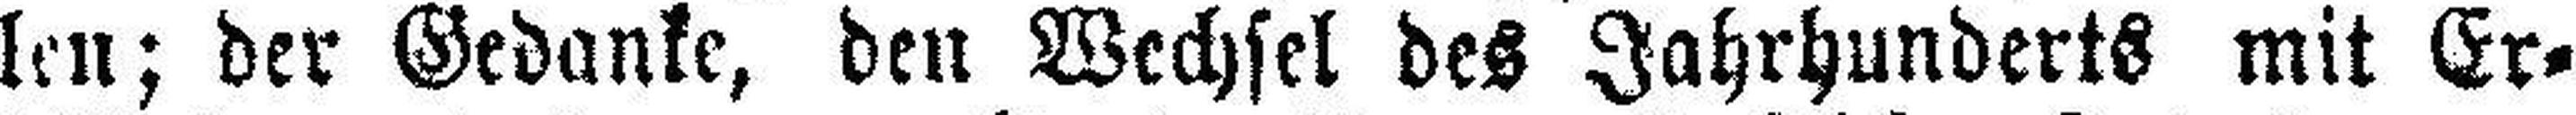
len; der Gedanke, den Wechsel des Jahrhunderts mit Er¬